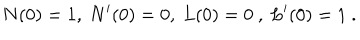
N ( 0 ) = 1 , \ N ^ { \prime } ( 0 ) = 0 , \ L ( 0 ) = 0 \ , \ L ^ { \prime } ( 0 ) = 1 \ .